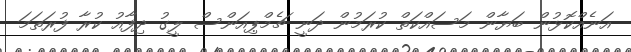
އަނެއްކޮޅުން ބަޔާން މަސައްކަތް ކުރަމުން ދަނީ ޗެމްޕިއަންސް ލީގު ދިފާއު ކުރާ ފުރަތަމަ